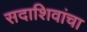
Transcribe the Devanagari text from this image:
सदाशिवांचा